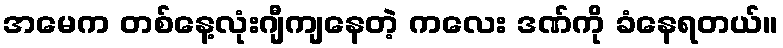
အမေက တစ်နေ့လုံးဂျီကျနေတဲ့ ကလေး ဒဏ်ကို ခံနေရတယ်။